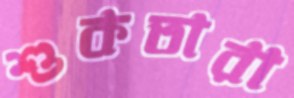
শুকতারা